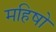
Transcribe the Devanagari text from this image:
महिषो